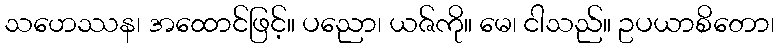
သဟေဿန၊ အထောင်ဖြင့်။ ပညော၊ ယဇ်ကို။ မေ၊ ငါသည်။ ဥပယာစိတော၊